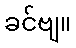
ခင်ဗျ။